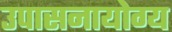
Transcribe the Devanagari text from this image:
उपासनायोग्य